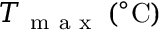
T _ { \mathrm { ~ m ~ a ~ x ~ } } \, ( ^ { \circ } \mathrm { C } )